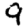
Digit: 9